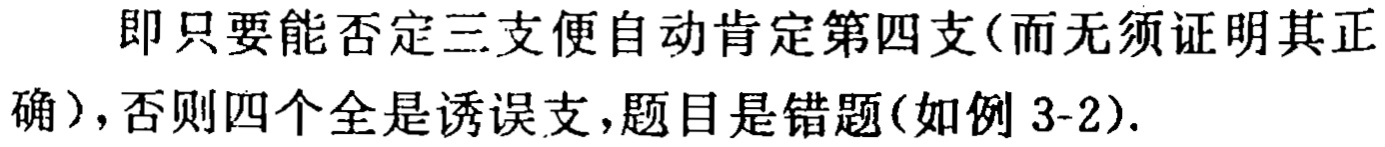
即只要能否定三支便自动肯定第四支(而无须证明其正确)，否则四个全是诱误支，题目是错题(如例 3-2).